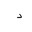
Letter: _dal